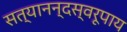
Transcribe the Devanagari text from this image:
सत्यानन्दस्वरूपाय